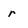
Character: r